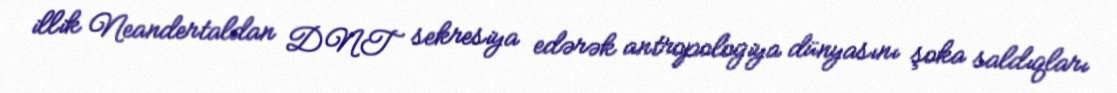
illik Neandertaldan DNT sekresiya edərək antropologiya dünyasını şoka saldıqları